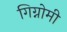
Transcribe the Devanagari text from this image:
गिग्नोमी